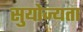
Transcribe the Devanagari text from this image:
सुयोज्यता